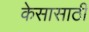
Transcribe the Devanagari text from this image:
केसासाठी